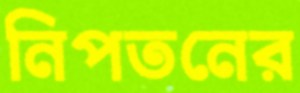
নিপতনের